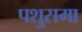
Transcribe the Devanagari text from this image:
पशुसमा